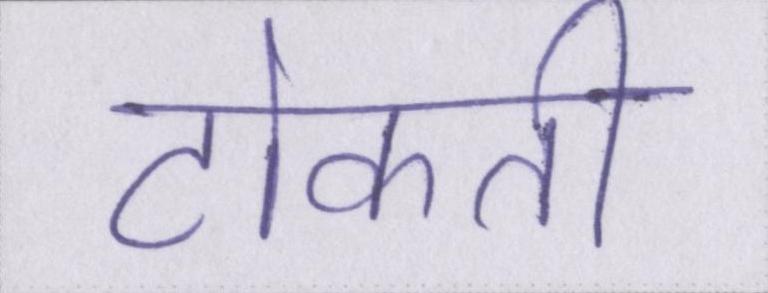
टोकती